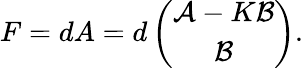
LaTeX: F=dA=d\left(\begin{array}{c}{{{\cal A}-K{\cal B}}}\\ {{{\cal B}}}\end{array}\right).